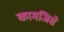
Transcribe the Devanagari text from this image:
कामजिसे